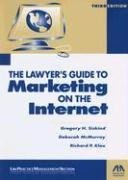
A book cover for Lawyer's Guide to Marketing on the Internet; Gregory H. Siskind; Law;